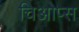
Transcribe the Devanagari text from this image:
चिओप्स